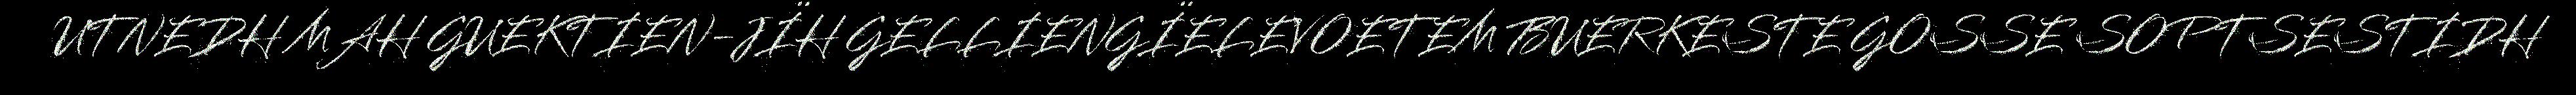
UTNEDH MAH GUEKTIEN-JÏH GELLIENGÏELEVOETEM BUERKESTE GOSSE SOPTSESTIDH